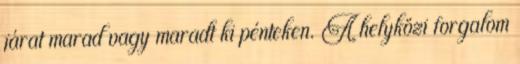
járat marad vagy maradt ki pénteken. A helyközi forgalom